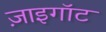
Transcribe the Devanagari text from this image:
ज़ाइगॉट